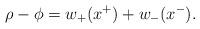
LaTeX: \begin{align*}\rho-\phi = w_+(x^+) +w_-(x^-). \end{align*}